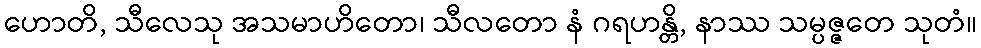
ဟောတိ, သီလေသု အသမာဟိတော၊ သီလတော နံ ဂရဟန္တိ, နာဿ သမ္ပဇ္ဇတေ သုတံ။